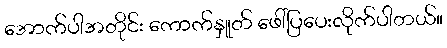
အောက်ပါအတိုင်း ကောက်နှူတ် ဖေါ်ပြပေးလိုက်ပါတယ်။